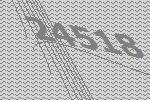
24518